Burma Government Medical School reports 1923-41
Year: 1923
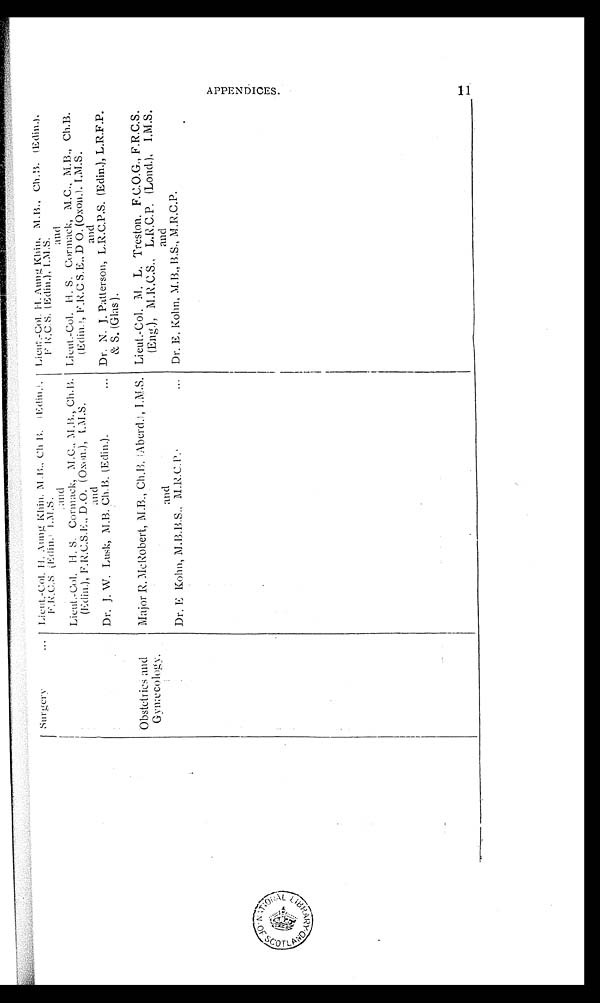
Surgery
Lieut.-Col. H. Aung Khin, M.B., Ch B. (Edin.),
F.R.C.S. (Edin.) I.M.S.
L i e u t . - C o l . H . A u n g K h i n , M . B . , C h B . ( E d i n . ) ,
F . R . C . S . ( E d i n . ) I . M . S .
and
and
Lieut.-Col. H. S. Cormack, M.C., M.B., Ch.B.
(Edin.), F.R.C.S.E., D.O. (Oxon.), I.M.S.
Lieut.-Col. H. S. Cormack, M.C., M.B., Ch.B.
(Edin.), F.R.C S.E., D O. (Oxon.), I.M.S.
and
and
Dr. J. W. Lusk, M.B. Ch. B. (Edin.).
Dr. N. J. Patterson, L.R.C.P.S. (Edin.), L.R.F.P.
& S. (Glas ).
Obst et ri cs and Gynæcol ogy.
Major R. McRobert, M.B., Ch.B. (Aberd.), I.M.S. Lieut.-Col. M. L. Treston. F.C.O.G., F.R.C.S.
(Eng.), M.R.C.S., L.R.C.P. (Lond.), I.M.S.
and
and
Dr. E Kohn, M.B.B.S., M.R.C.P.
Dr. E. Kohn, MB., B.S., M.R.C.P.
A P P E N D I C E S .
1 1